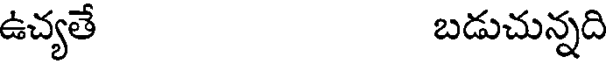
ఉచ్యతే బడుచున్నది